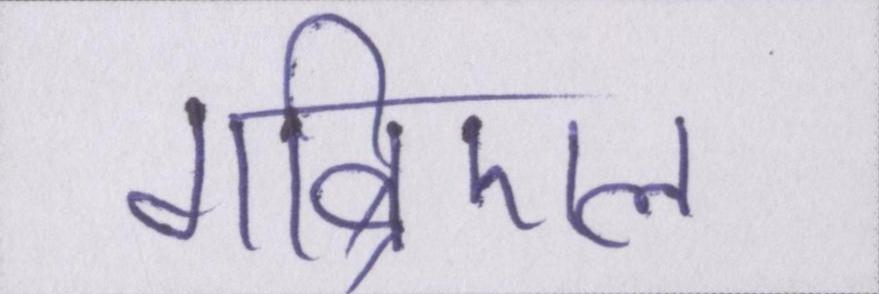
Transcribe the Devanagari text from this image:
गाब्रिएल